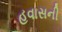
હવાસની